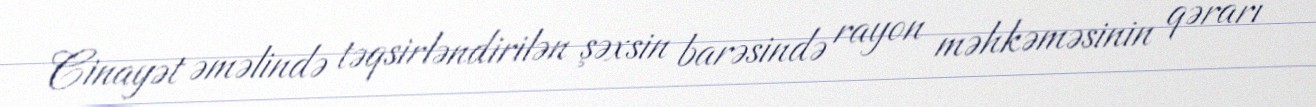
Cinayət əməlində təqsirləndirilən şəxsin barəsində rayon məhkəməsinin qərarı